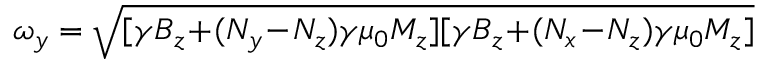
\omega _ { y } = \sqrt { [ \gamma B _ { z } \! + \! ( N _ { y } \! - \! N _ { z } ) \gamma \mu _ { 0 } M _ { z } ] [ \gamma B _ { z } \! + \! ( N _ { x } \! - \! N _ { z } ) \gamma \mu _ { 0 } M _ { z } ] }